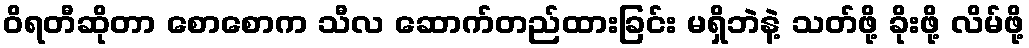
ဝိရတီဆိုတာ စောစောက သီလ ဆောက်တည်ထားခြင်း မရှိဘဲနဲ့ သတ်ဖို့ ခိုးဖို့ လိမ်ဖို့